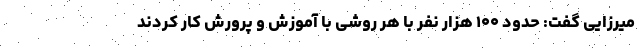
میرزایی گفت: حدود ۱۰۰ هزار نفر با هر روشی با آموزش و پرورش کار کردند